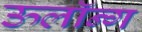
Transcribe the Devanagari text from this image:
ऊलॉन्ग